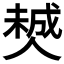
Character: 𠎶